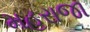
મહરાજા